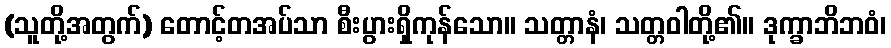
(သူတို့အတွက်) တောင့်တအပ်သာ စီးပွားရှိကုန်သော။ သတ္တာနံ၊ သတ္တဝါတို့၏။ ဒုက္ခာဘိဘဝံ၊